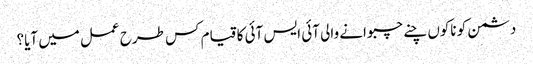
دشمن کو ناکوں چنے چبوانے والی آئی ایس آئی کا قیام کس طرح عمل میں آیا؟